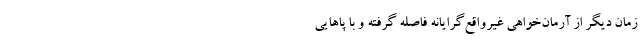
زمان دیگر از آرمان‌خواهی غیر‌واقع‌گرایانه فاصله گرفته و با پاهایی